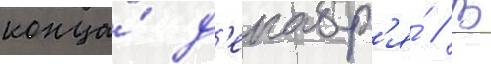
конца́ д'екабр'я́ // В